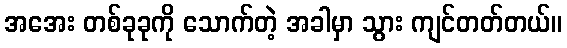
အအေး တစ်ခုခုကို သောက်တဲ့ အခါမှာ သွား ကျင်တတ်တယ်။